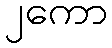
၂ကော